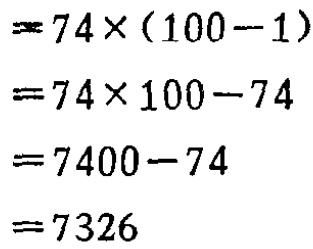
\[
\begin{align*}
&=74\times(100 - 1)\\
&=74\times100-74\\
&=7400 - 74\\
&=7326
\end{align*}
\]